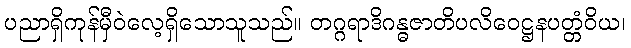
ပညာရှိကုန်မှီဝဲလေ့ရှိသောသူသည်။ တဂ္ဂရာဒိဂန္ဓဇာတိပလိဝေဋ္ဌနပတ္တံဝိယ၊